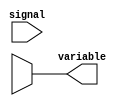
module simple_assign(
    input signal,
    output reg variable
);

always @(*) begin
    if (condition) begin
        variable = value1;
    end else begin
        variable = value2;
    end
end

endmodule